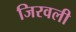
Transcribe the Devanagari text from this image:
जिरवली